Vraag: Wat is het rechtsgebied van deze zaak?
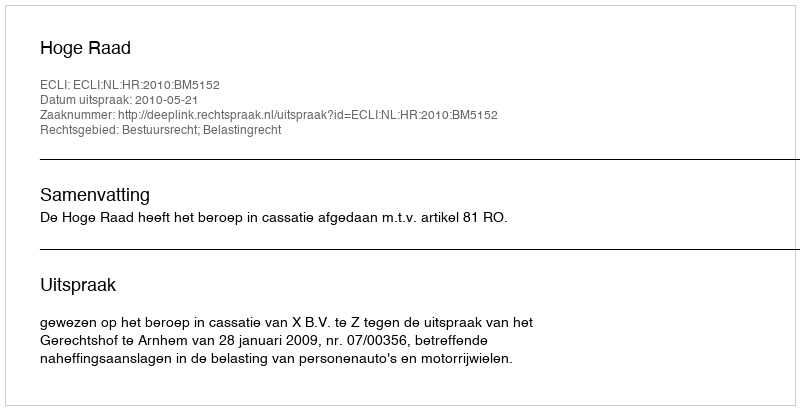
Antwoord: Bestuursrecht; Belastingrecht